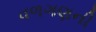
વળગણની